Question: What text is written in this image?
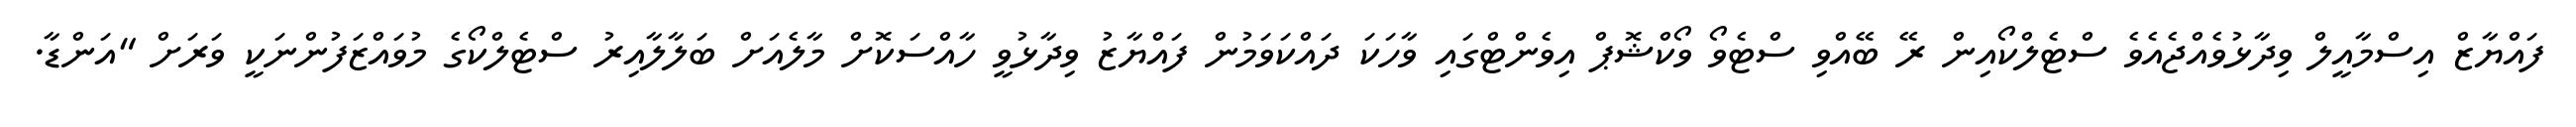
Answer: ފައްޔާޒް އިސްމާއީލް ވިދާޅުވެއްޖެއެވެ ސްޓެލްކޯއިން ރޭ ބޭއްވި ސްޓެވޯ ވޯކްޝޮޕް އިވެންޓްގައި ވާހަކަ ދައްކަވަމުން ފައްޔާޒު ވިދާޅުވީ ހާއްސަކޮށް މާލެއަށް ބަލާލާއިރު ސްޓެލްކޯގެ މުވައްޒަފުންނަކީ ވަރަށް "އަންޑާ.